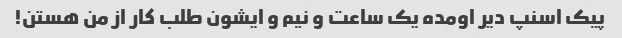
پیک اسنپ دیر اومده یک ساعت و نیم و ایشون طلب کار از من هستن!